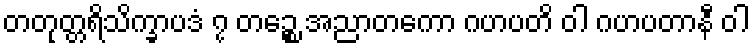
တတုတ္တရိသိက္ခာပဒံ ၇ တဉ္စေ အညာတကော ဂဟပတိ ဝါ ဂဟပတာနီ ဝါ